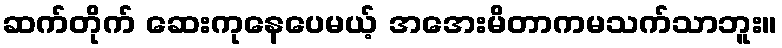
ဆက်တိုက် ဆေးကုနေပေမယ့် အအေးမိတာကမသက်သာဘူး။